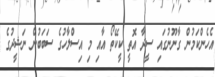
އެހެންކަމުން ގާނޫނުގައި ސީދާ އޮތީ ކީކޭތޯ އާއި މި އިސްލާހުގެ ސަބަބުން ނަޝީދުގެ